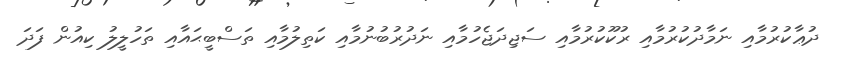
ދުޢާކުރުމާއި ނަމާދުކުރުމާއި ރުކޫކުރުމާއި ސަޖިދަޖެހުމާއި ނަދުރުބުނުމާއި ކަތިލުމާއި ތަސްބީޙައާއި ތަހުލީލު ކިއުން ފަދަ